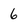
Character: 6